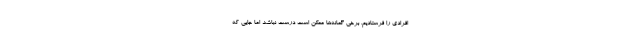
افرادی را فرستادیم. برخی گمانه‌ها ممکن است درست نباشد اما جایی که